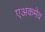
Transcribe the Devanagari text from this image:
एअकमेव